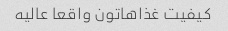
کیفیت غذاهاتون واقعا عالیه